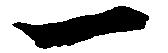
一